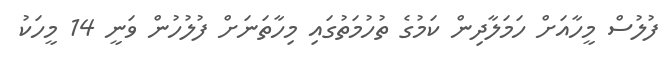
ފުލުސް މީހާއަށް ހަމަލާދިން ކަމުގެ ތުހުމަތުގައި މިހާތަނަށް ފުލުހުން ވަނީ 14 މީހަކު